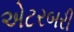
એટરબરી